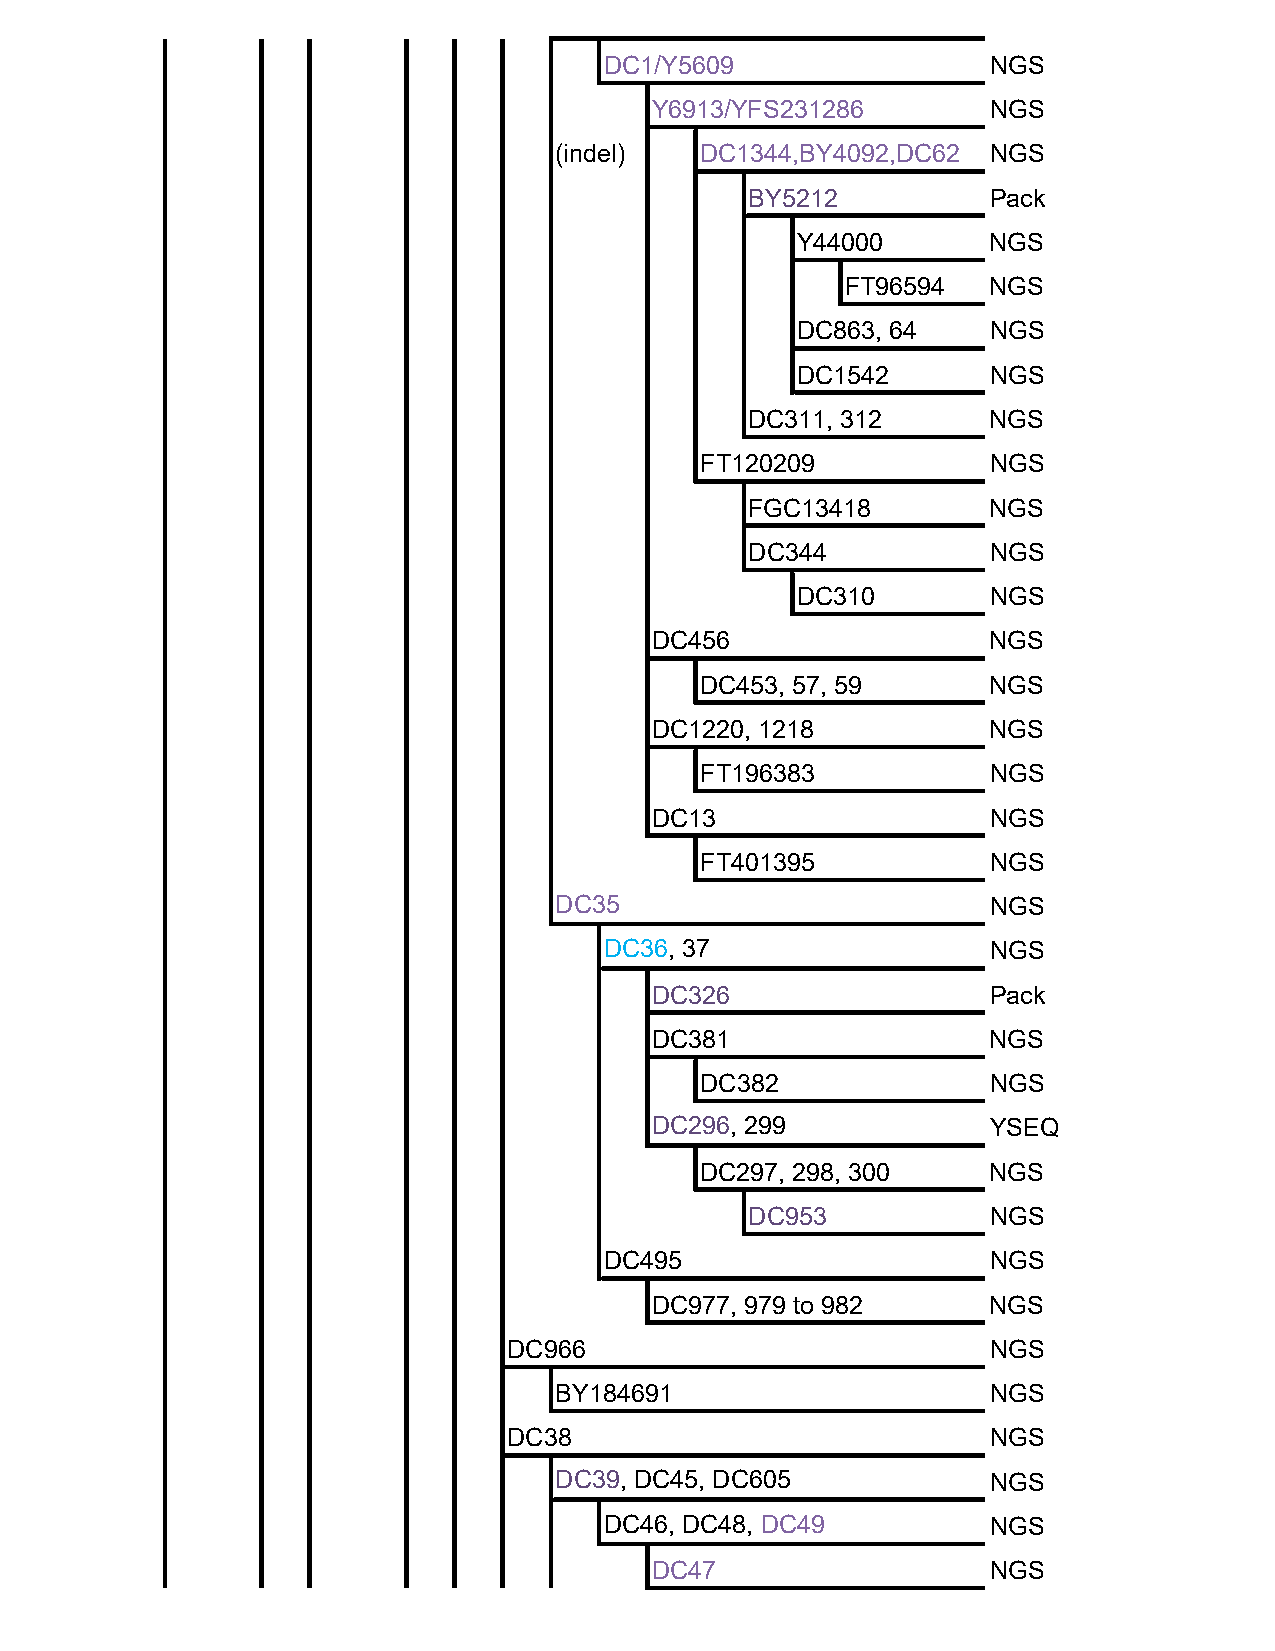
DC1/Y5609                 NGS
 Y6913/YFS231286        NGS
 (indel)  DC1344,BY4092,DC62  NGS
 BY5212          Pack
 Y44000       NGS
 FT96594   NGS
 DC863, 64    NGS
 DC1542       NGS
 DC311, 312      NGS
 FT120209            NGS
 FGC13418        NGS
 DC344           NGS
 DC310        NGS
 DC456                  NGS
 DC453, 57, 59       NGS
 DC1220, 1218           NGS
 FT196383            NGS
 DC13                   NGS
 FT401395            NGS
 DC35                         NGS
 DC36, 37                  NGS
 DC326                  Pack
 DC381                  NGS
 DC382               NGS
 DC296, 299             YSEQ
 DC297, 298, 300     NGS
 DC953           NGS
 DC495                     NGS
 DC977, 979 to 982      NGS
 DC966                           NGS
 BY184691                     NGS
 DC38                            NGS
 DC39, DC45, DC605            NGS
 DC46, DC48, DC49          NGS
 DC47                   NGS